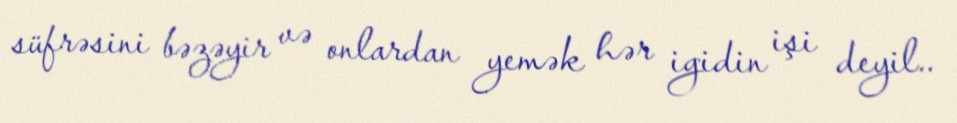
süfrəsini bəzəyir və onlardan yemək hər igidin işi deyil..